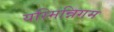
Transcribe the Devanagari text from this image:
यस्मिन्निगम